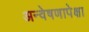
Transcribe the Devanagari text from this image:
अन्वेषणापेक्षा